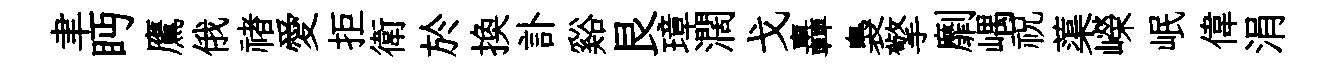
聿眄鷹俄禇愛拒衛於换訃谿艮璋濶戈轟裊擎劘嵎祝蕖嶸岷偉涓